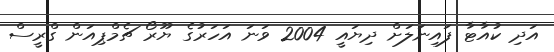
އަދި ކުއާޓާ ފައިނަލަށް ދިޔައީ 2004 ވަނަ އަހަރުގެ ޔޫރޯ ޗެމްޕިއަން ގްރީސް